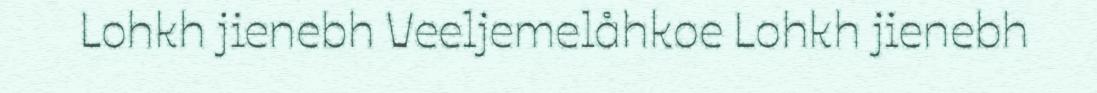
Lohkh jienebh Veeljemelåhkoe Lohkh jienebh